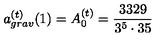
a _ { g r a v } ^ { ( t ) } ( 1 ) = A _ { 0 } ^ { ( t ) } = \frac { 3 3 2 9 } { 3 ^ { 5 } \cdot 3 5 }